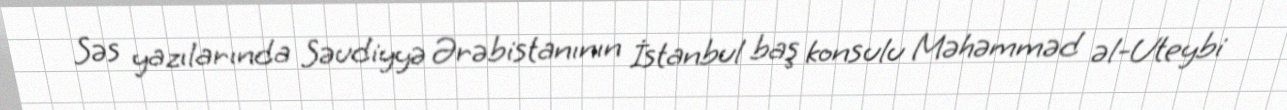
Səs yazılarında Səudiyyə Ərəbistanının İstanbul baş konsulu Məhəmməd əl-Uteybi